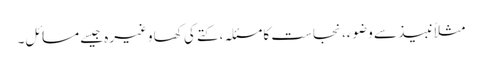
مثلاً نبیذ سے وضوء، نجاست کا مسئلہ، کتے کی کھا وغیرہ جیسے مسائل۔